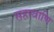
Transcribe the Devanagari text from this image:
सहस्त्राणि